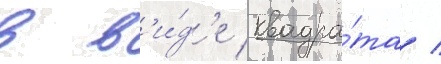
в в'и́д'е квадра́та /